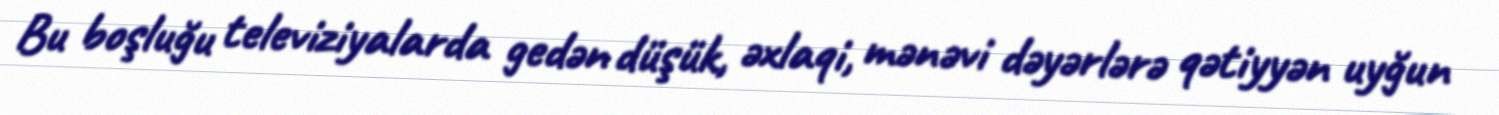
Bu boşluğu televiziyalarda gedən düşük, əxlaqi, mənəvi dəyərlərə qətiyyən uyğun